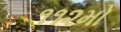
૧૧૨મો